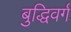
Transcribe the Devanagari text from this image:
बुद्धिवर्ग